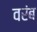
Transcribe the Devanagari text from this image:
वरंब